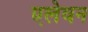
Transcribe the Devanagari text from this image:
एलेवन